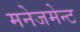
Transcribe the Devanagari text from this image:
मनेजमेन्ट